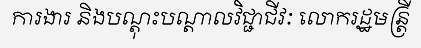
ការងារ និងបណ្តុះបណ្តាលវិជ្ជាជីវៈ លោករដ្ឋមន្ត្រី